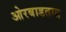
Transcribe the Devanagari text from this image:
ओरबाडतात